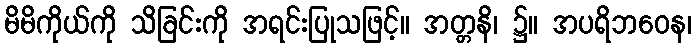
မိမိကိုယ်ကို သိခြင်းကို အရင်းပြုသဖြင့်။ အတ္တနိ၊ ၌။ အပရိဘဝေန၊